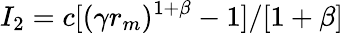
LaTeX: I_{2}=c[(\gamma r_{m})^{1+\beta}-1]/[1+\beta]